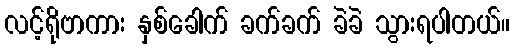
လင့်ရိုဗာကား နှစ်ခေါက် ခက်ခက် ခဲခဲ သွားရပါတယ်။